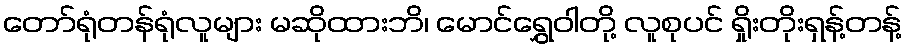
တော်ရုံတန်ရုံလူများ မဆိုထားဘိ၊ မောင်ရွှေဝါတို့ လူစုပင် ရှိုးတိုးရှန့်တန့်